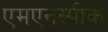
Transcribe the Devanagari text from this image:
एमएनस्पीक